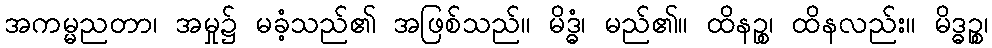
အကမ္မညတာ၊ အမှု၌ မခံ့သည်၏ အဖြစ်သည်။ မိဒ္ဓံ၊ မည်၏။ ထိနဉ္စ၊ ထိနလည်း။ မိဒ္ဓဉ္စ၊